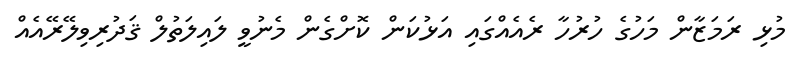
މުޅި ރަމަޒާން މަހުގެ ހުރުހާ ރެއެއްގައި އަޅުކަން ކޮށްގެން މެނުވީ ލައިލަތުލް ޤަދުރިވިލޭރޭއެއް